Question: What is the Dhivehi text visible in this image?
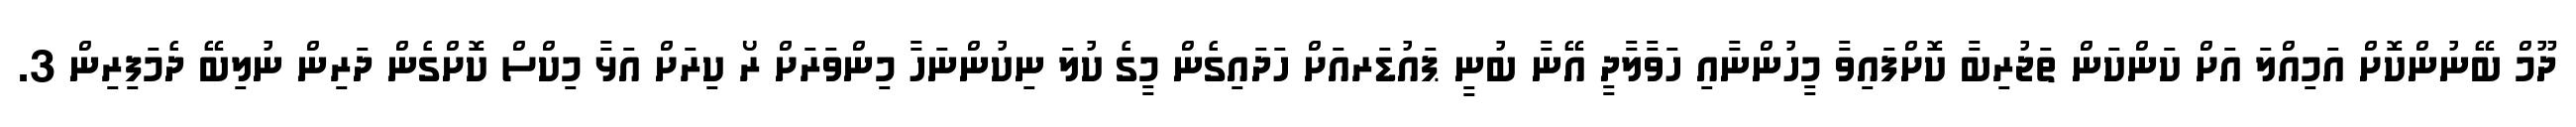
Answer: ދޫމް ބޭނުންކޮށް އަމިއްލަ އަށް ކަންކަން ތަޖުރިބާ ކޮށްފައިވާ މީހުންނާއި ހަވާލާދީ އޭނާ ބުނީ ޕައުޑަރއަށް ހަދައިގެން މީގެ ކުލަ ނިކުންނަހާ މިންވަރަށް ރޯ ކިރަށް އަޅާ މިކްސް ކޮށްގެން ދަރިން ނުލިބޭ ދެމަފިރިން 3.